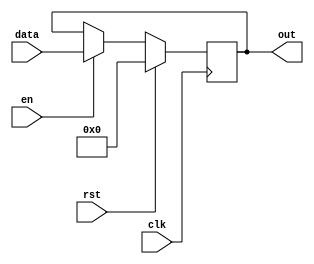
module registerScore_5 (
    input clk,
    input en,
    input rst,
    input [4:0] data,
    output reg [4:0] out
  );
  
  
  
  reg [4:0] M_regs_d, M_regs_q = 1'h0;
  
  always @* begin
    M_regs_d = M_regs_q;
    
    if (en == 1'h1) begin
      M_regs_d = data;
    end else begin
      M_regs_d = M_regs_q;
    end
    out = M_regs_q;
  end
  
  always @(posedge clk) begin
    if (rst == 1'b1) begin
      M_regs_q <= 1'h0;
    end else begin
      M_regs_q <= M_regs_d;
    end
  end
  
endmodule